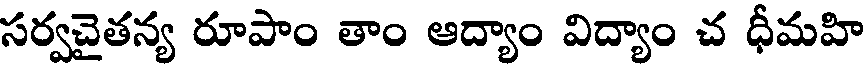
సర్వచైతన్య రూపాం తాం ఆద్యాం విద్యాం చ ధీమహి